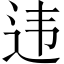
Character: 违